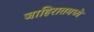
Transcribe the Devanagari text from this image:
जाहिरातमध्ये